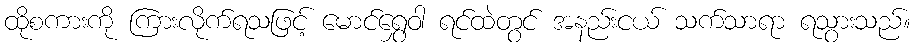
ထိုစကားကို ကြားလိုက်ရသဖြင့် မောင်ရွှေဝါ ရင်ထဲတွင် အနည်းငယ် သက်သာရာ ရသွားသည်။